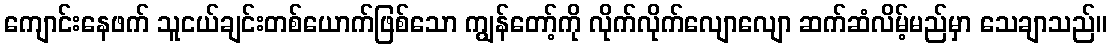
ကျောင်းနေဖက် သူငယ်ချင်းတစ်ယောက်ဖြစ်သော ကျွန်တော့်ကို လိုက်လိုက်လျောလျော ဆက်ဆံလိမ့်မည်မှာ သေချာသည်။